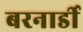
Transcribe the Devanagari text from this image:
बरनार्डी